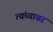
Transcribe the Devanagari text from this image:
त्यंच्यावर